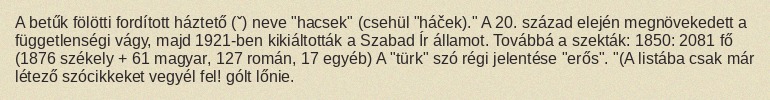
A betűk fölötti fordított háztető (ˇ) neve "hacsek" (csehül "háček)." A 20. század elején megnövekedett a függetlenségi vágy, majd 1921-ben kikiáltották a Szabad Ír államot. Továbbá a szekták: 1850: 2081 fő (1876 székely + 61 magyar, 127 román, 17 egyéb) A "türk" szó régi jelentése "erős". "(A listába csak már létező szócikkeket vegyél fel! gólt lőnie.